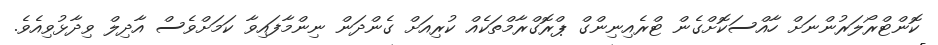
ކޮންޓްރޯލަރުންނަށް ހާއްސަކޮށްގެން ޓްރެއިނިންގް ޕްރޮގްރާމްތަކެއް ކުރިއަށް ގެންދަން ނިންމާފައިވާ ކަމަށްވެސް އާދިލް ވިދާޅުވިއެވެ.